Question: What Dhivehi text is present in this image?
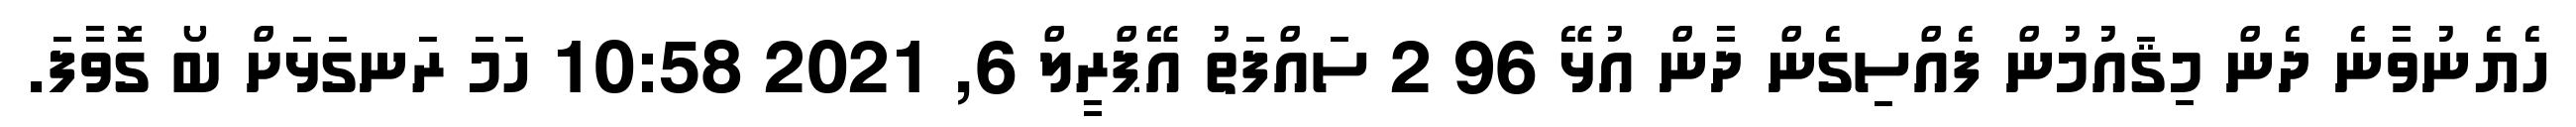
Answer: ހެޔެނުވާނެ ދެން މިޤައުމުން ފެއްސިގެން ދާން އުޅޭ 96 2 ސައްފަތު އޭޕްރީލް 6, 2021 10:58 ހަމަ ރަނގަޅަށް ބޯ ގޮވާފަ.